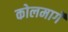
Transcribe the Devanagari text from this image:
कोलमार्गे